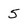
Character: 5